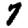
Digit: 7